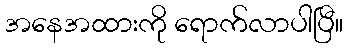
အနေအထားကို ရောက်လာပါပြီ။